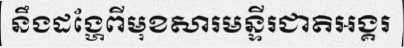
នឹងដង្ហែពីមុខសារមន្ទីរជាតិអង្គរ